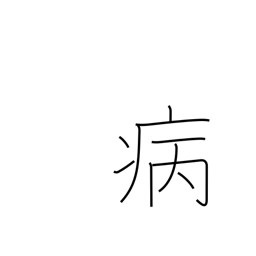
Meaning: sick